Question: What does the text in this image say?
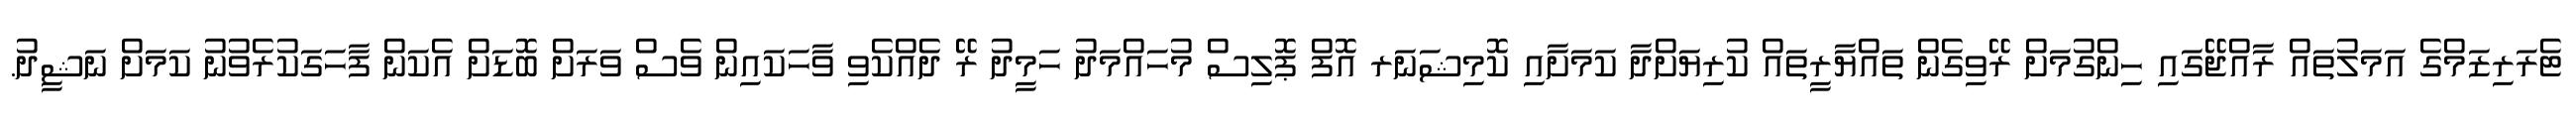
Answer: ޓެރަރިޒަމްގެ އަމަލުތައް ރާއްޖޭގައި ހިންގުމަށް ރޭވިގެން ތައްޔާރީތައް ކުރިޔަށްދާ ކަމަށާއި ކޮމިޝަނަރ އޮފް ޕޮލިސް މުހައްމަދު ހަމީދު ރޭ ދެއްކެވި ވާހަކައިން ވެސް ވަރަށް ބޮޑަށް އެކަން ފާހަގަކުރެވުނު ކަމަށް ނަޝީދު.